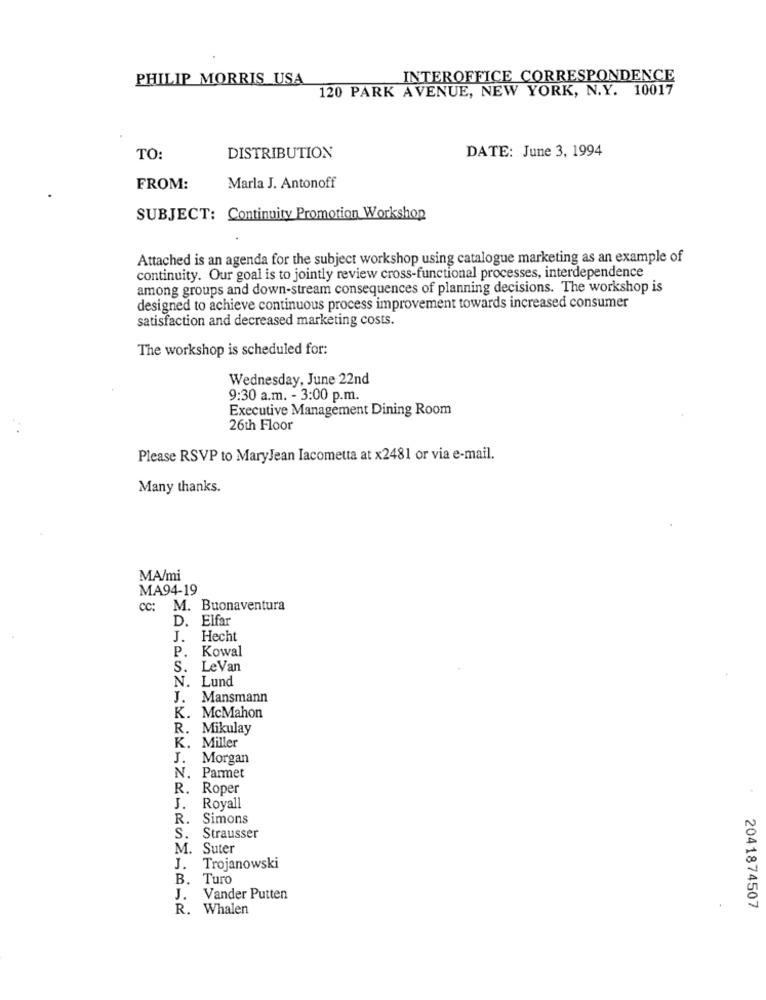
PHILIP MORRIS USA
INTEROFFICE CORRESPONDENCE
120 PARK AVENUE, NEW YORK, N.Y. 10017
DATE: June 3, 1994
TO:
DISTRIBUTION
FROM:
Marla J. Antonoff
SUBJECT: Continuity Promotion Workshop
Attached is an agenda for the subject workshop using catalogue marketing as an example of
continuity. Our goal is to jointly review cross-functional processes, interdependence
among groups and down-stream consequences of planning decisions. The workshop is
designed to achieve continuous process improvement towards increased consumer
satisfaction and decreased marketing costs.
The workshop is scheduled for:
Wednesday, June 22nd
9:30 a.m. - 3:00 p.m.
Executive Management Dining Room
26th Floor
Please RSVP to MaryJean Iacometta at x2481 or via e-mail.
Many thanks.
MA/mi
MA94-19
cc: M. Buonaventura
D. Elfar
J. Hecht
P. Kowal
S.
LeVan
N. Lund
J. Mansmann
K. McMahon
R. Mikulay
K. Miller
J. Morgan
N. Parmet
R. Roper
J. Royall
R. Simons
S. Strausser
M. Suter
J. Trojanowski
B. Turo
J. Vander Putten
R. Whalen
2041874507